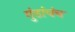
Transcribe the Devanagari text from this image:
गुंडांचंच